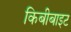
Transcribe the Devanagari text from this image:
किबीबाइट